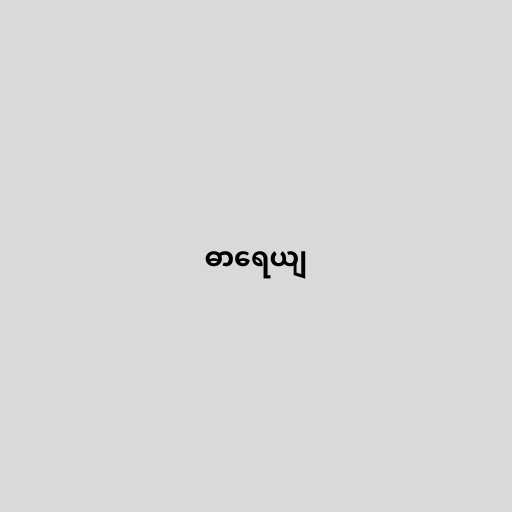
ဓာရေယျ